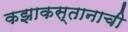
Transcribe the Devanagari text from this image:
कझाकस्तानाची